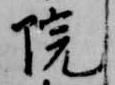
院